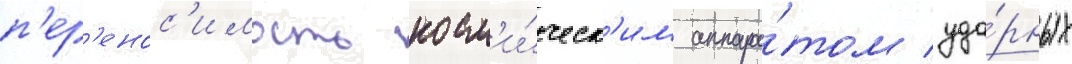
п'ер'енос'имость косм'и́ческ'им аппара́том уда́рных